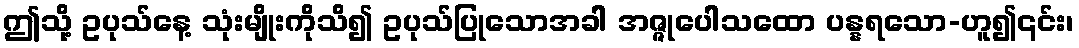
ဤသို့ ဥပုသ်နေ့ သုံးမျိုးကိုသိ၍ ဥပုသ်ပြုသောအခါ အဇ္ဇုပေါသထော ပန္နရသော-ဟူ၍၎င်း၊